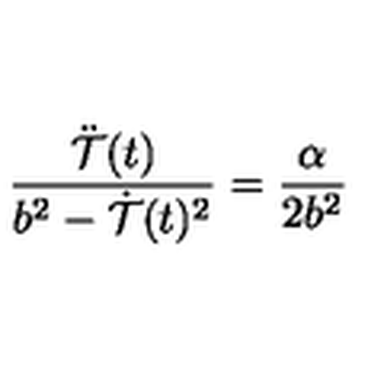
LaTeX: { \frac { \ddot { \cal T } ( t ) } { b ^ { 2 } - \dot { \cal T } ( t ) ^ { 2 } } } = { \frac { \alpha } { 2 b ^ { 2 } } }